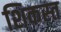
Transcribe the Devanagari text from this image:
शिकस्‍त